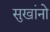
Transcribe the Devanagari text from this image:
सुखांनो